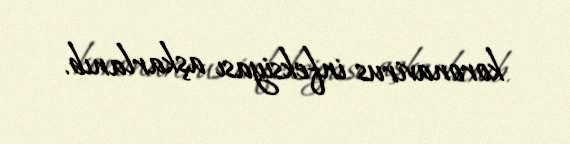
koronavirus infeksiyası aşkarlanıb.